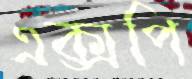
এক্সপি